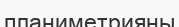
планиметрияны